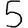
Digit: 5